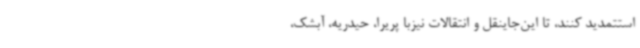
استتمدید کنند، تا این‌جاینقل و انتقالات نیزبا پریرا، حیدریه، آبشک،